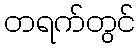
တရက်တွင်